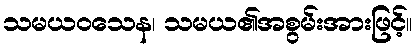
သမယဝသေန၊ သမယ၏အစွမ်းအားဖြင့်။